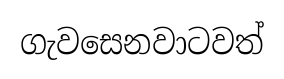
ගැවසෙනවාටවත්